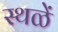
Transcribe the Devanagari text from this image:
स्थळें